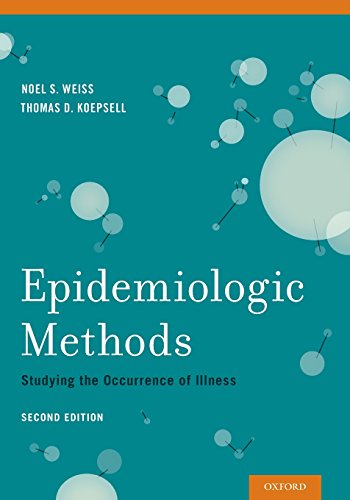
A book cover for Epidemiologic Methods: Studying the Occurrence of Illness; Noel S. Weiss; Medical Books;